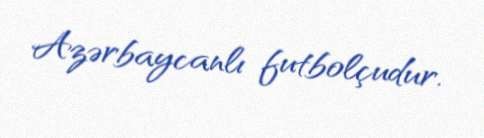
Azərbaycanlı futbolçudur.